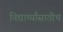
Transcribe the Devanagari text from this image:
विद्यार्थ्यांसाठीच